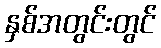
နှစ်အတွင်းတွင်